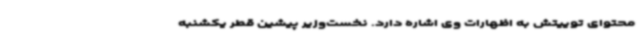
محتوای توییتش به اظهارات وی اشاره دارد. نخست‌وزیر پیشین قطر یکشنبه‌